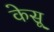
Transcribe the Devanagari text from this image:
केसू